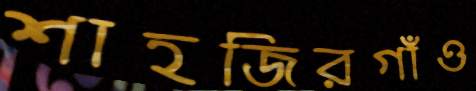
শাহজিরগাঁও